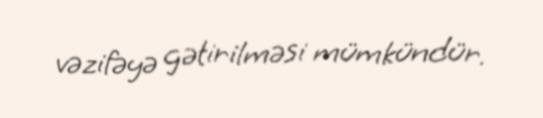
vəzifəyə gətirilməsi mümkündür.